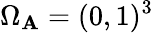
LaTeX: \Omega_{\mathbf{A}}=(0,1)^{3}